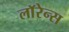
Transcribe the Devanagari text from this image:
लाॅरेन्स